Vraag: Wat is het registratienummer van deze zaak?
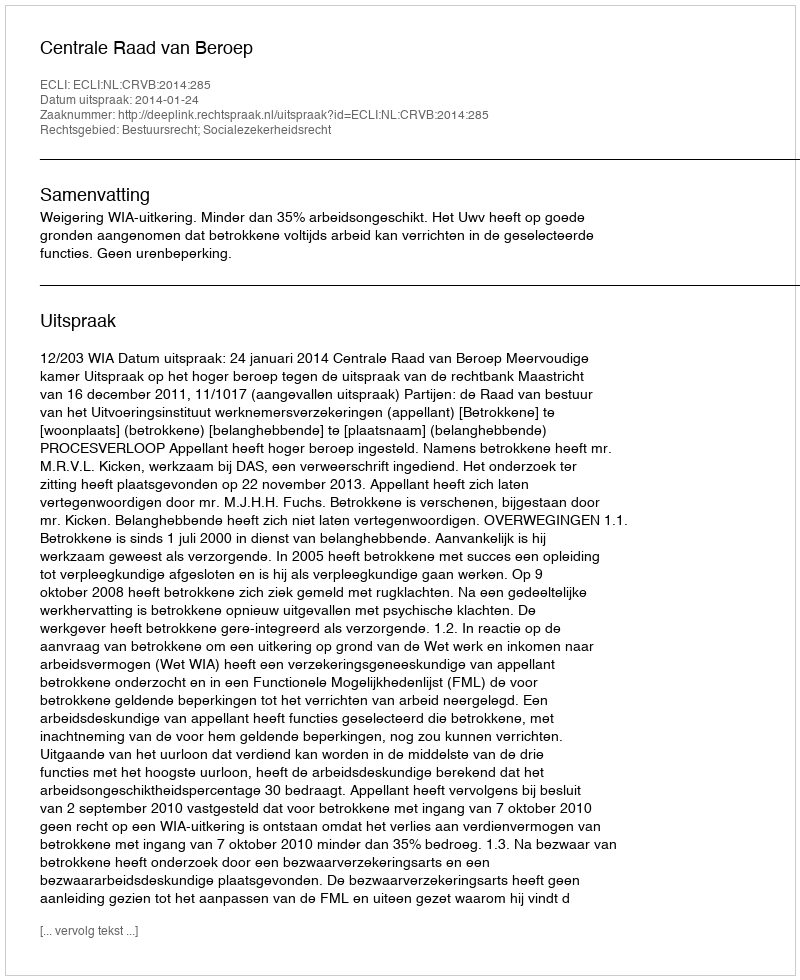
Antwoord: http://deeplink.rechtspraak.nl/uitspraak?id=ECLI:NL:CRVB:2014:285